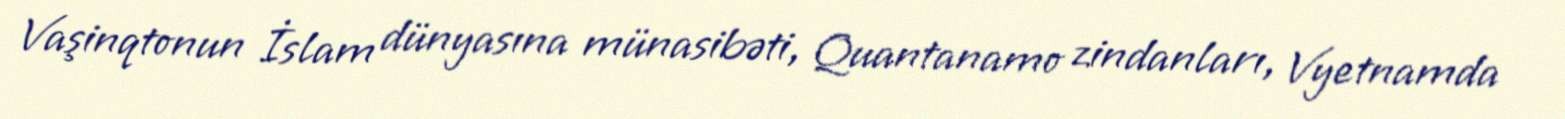
Vaşinqtonun İslam dünyasına münasibəti, Quantanamo zindanları, Vyetnamda